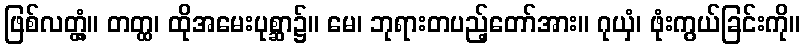
ဖြစ်လတ္တံ့။ တတ္ထ၊ ထိုအမေးပုစ္ဆာ၌။ မေ၊ ဘုရားတပည့်တော်အား။ ဂုယှံ၊ ဖုံးကွယ်ခြင်းကို။